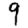
Digit: 9